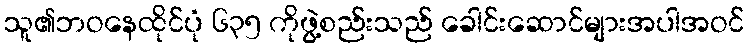
သူ၏ဘဝနေထိုင်ပုံ ၆၃၅ ကိုဖွဲ့စည်းသည် ခေါင်းဆောင်များအပါအဝင်